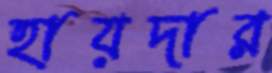
হায়দার